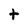
Character: t